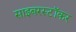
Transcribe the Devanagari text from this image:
साइबरस्टॉकर